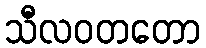
သီလဝတတော